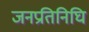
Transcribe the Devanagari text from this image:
जनप्रतिनिघि